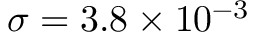
\sigma = \mathrm { { } } 3 . 8 \times { 1 0 ^ { - 3 } }